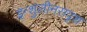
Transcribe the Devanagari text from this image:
इन्शुलीनसदृश